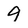
Character: 9